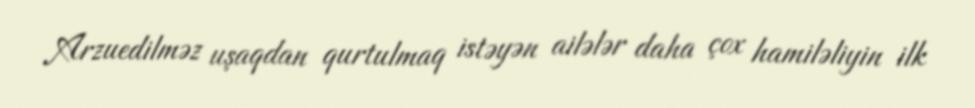
Arzuedilməz uşaqdan qurtulmaq istəyən ailələr daha çox hamiləliyin ilk